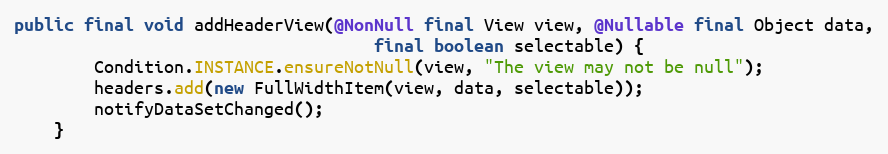
Language: Java
public final void addHeaderView(@NonNull final View view, @Nullable final Object data,
                                    final boolean selectable) {
        Condition.INSTANCE.ensureNotNull(view, "The view may not be null");
        headers.add(new FullWidthItem(view, data, selectable));
        notifyDataSetChanged();
    }